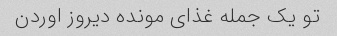
تو یک جمله غذای مونده دیروز اوردن